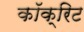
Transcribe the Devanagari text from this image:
कॉक्रिट